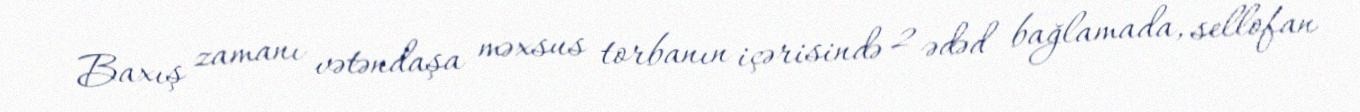
Baxış zamanı vətəndaşa məxsus torbanın içərisində 2 ədəd bağlamada, sellofan